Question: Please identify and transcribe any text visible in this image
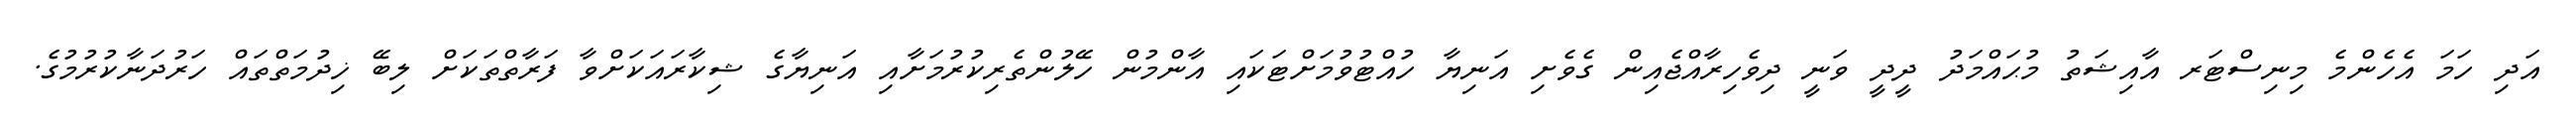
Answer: އަދި ހަމަ އެހެންމެ މިނިސްޓަރ އާއިޝަތު މުޙައްމަދު ދީދީ ވަނީ ދިވެހިރާއްޖެއިން ގެވެށި އަނިޔާ ހުއްޓުވުމަށްޓަކައި އާންމުން ހޭލުންތެރިކުރުމަށާއި އަނިޔާގެ ޝިކާރައަކަށްވާ ފަރާތްތަކަށް ލިބޭ ޚިދުމަތްތައް ހަރުދަނާކުރުމުގެ.